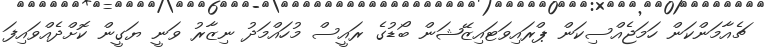
ޗެއާމަންކަން ހަމަޖެއްސިކަން ޕްރައިވަޓައިޒޭޝަން ބޯޑުގެ ރައީސް މުހައްމަދު ނިޒާރު ވަނީ ޔަގީން ކޮށްދެއްވައިފަ